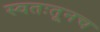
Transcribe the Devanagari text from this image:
स्वतःतूनच